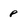
Character: p